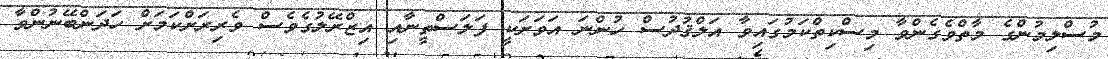
މުސްލިމުންގެ މާތްވެގެންވާ މިސްކިތްކަމުގައިވާ އަލްޤުދުސް ހުންނަ އަވަށަކީ ފަލަސްތީނާއި އިޒްރޭލުގެވެސް ވެރިރަށްކަމަށް ހަދަންބޭނުންވާ